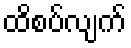
ထိစပ်လျက်